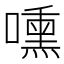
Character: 嚑